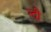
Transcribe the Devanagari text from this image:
न्दी